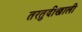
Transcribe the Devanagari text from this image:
तरतुदीखाली